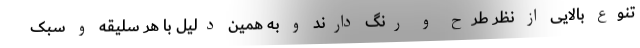
تنوع بالایی از نظر طرح و رنگ دارند و به همین دلیل با هر سلیقه‌ و سبک